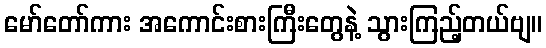
မော်တော်ကား အကောင်းစားကြီးတွေနဲ့ သွားကြည့်တယ်ဗျ။